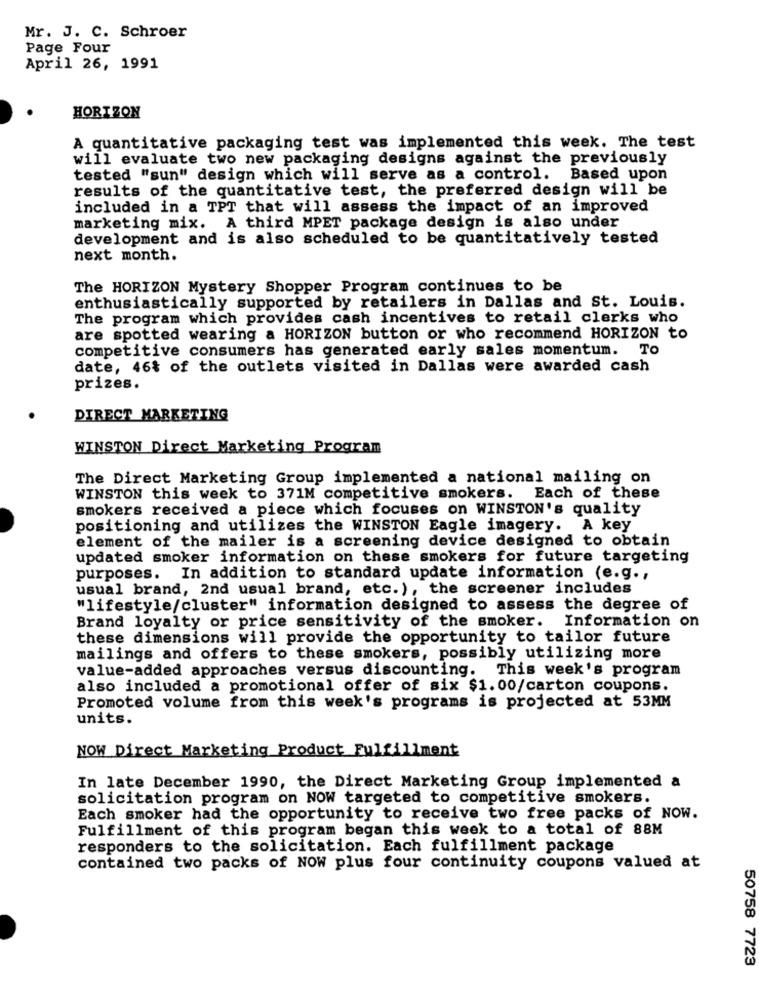
Mr. J. C. Schroer
Page Four
April 26, 1991
HORIZON
A quantitative packaging test was implemented this week. The test
will evaluate two new packaging designs against the previously
tested "sun" design which will serve as a control. Based upon
results of the quantitative test, the preferred design will be
included in a TPT that will assess the impact of an improved
marketing mix. A third MPET package design is also under
development and is also scheduled to be quantitatively tested
next month.
The HORIZON Mystery Shopper Program continues to be
enthusiastically supported by retailers in Dallas and St. Louis.
The program which provides cash incentives to retail clerks who
are spotted wearing a HORIZON button or who recommend HORIZON to
competitive consumers has generated early sales momentum. To
date, 46% of the outlets visited in Dallas were awarded cash
prizes.
DIRECT MARKETING
WINSTON Direct Marketing Program
The Direct Marketing Group implemented a national mailing on
WINSTON this week to 371M competitive smokers. Each of these
smokers received a piece which focuses on WINSTON's quality
positioning and utilizes the WINSTON Eagle imagery. A key
element of the mailer is a screening device designed to obtain
updated smoker information on these smokers for future targeting
purposes. In addition to standard update information (e.g .,
usual brand, 2nd usual brand, etc.), the screener includes
"lifestyle/cluster" information designed to assess the degree of
Brand loyalty or price sensitivity of the smoker.
Information on
these dimensions will provide the opportunity to tailor future
mailings and offers to these smokers, possibly utilizing more
value-added approaches versus discounting. This week's program
also included a promotional offer of six $1.00/carton coupons.
Promoted volume from this week's programs is projected at 53MM
units.
NOW Direct Marketing Product Fulfillment
In late December 1990, the Direct Marketing Group implemented a
solicitation program on NOW targeted to competitive smokers.
Each smoker had the opportunity to receive two free packs of NOW.
Fulfillment of this program began this week to a total of 88M
responders to the solicitation. Each fulfillment package
contained two packs of NOW plus four continuity coupons valued at
50758 7723